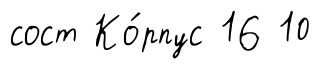
сост Ко́рпус 16 10